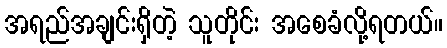
အရည်အချင်းရှိတဲ့ သူတိုင်း အစေခံလို့ရတယ်။